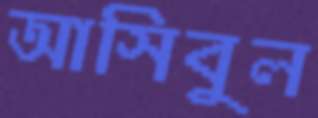
আসিবুল